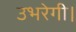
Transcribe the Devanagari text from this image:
उभरेगी।